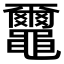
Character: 𪓿